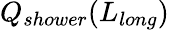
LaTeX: Q_{shower}(L_{long})